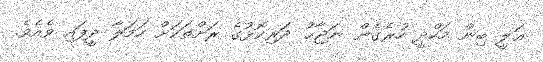
ޢަލީ ބިން މަހްދީ ހުރެގެން ނަޖާޙު ދަރިކޮޅުގެ ރަށްތަކަށް ހަމަލާ ދީފައި ވެއެވެ.